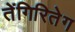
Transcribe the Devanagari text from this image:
तेंगिरितेग